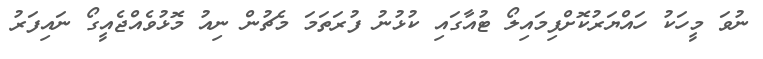
ނުވަ މީހަކު ހައްޔަރުކޮށްފިމައިލޯ ޓުއާގައި ކުޅުނު ފުރަތަމަ މެޗުން ނިއު މޮޅުވެއްޖެއީގޯ ނައިފަރު